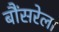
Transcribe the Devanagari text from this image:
बौंसरेला